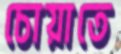
চোয়াতে